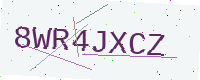
Text: 8WR4JXCZ